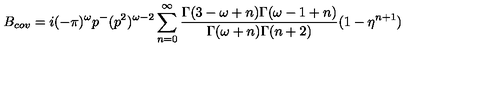
B _ { c o v } = i ( - \pi ) ^ { \omega } p ^ { - } ( p ^ { 2 } ) ^ { \omega - 2 } \sum _ { n = 0 } ^ { \infty } \frac { \Gamma ( 3 - \omega + n ) \Gamma ( \omega - 1 + n ) } { \Gamma ( \omega + n ) \Gamma ( n + 2 ) } ( 1 - \eta ^ { n + 1 } )